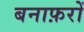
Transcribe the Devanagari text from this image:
बनाफ़रों